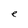
Character: e